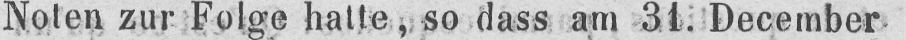
Noten zur Folge hatte so dass am 31. December